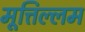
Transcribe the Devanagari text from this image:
मूत्तिल्लम